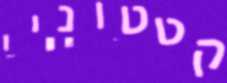
קטטוניי